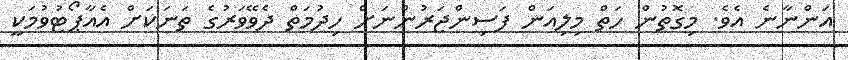
އަންނާނެ އެވެ. މިގޮތުން ހަތް މިލިއަން ފަސިންޖަރުންނަށް ހިދުމަތް ދެވޭވަރުގެ ތަނަކަށް އެއާޕޯޓުވުމަކީ